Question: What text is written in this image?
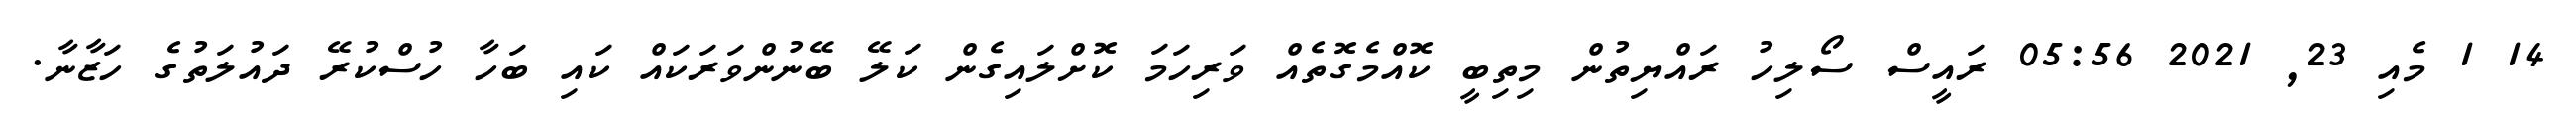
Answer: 14 1 މެއި 23, 2021 05:56 ރައީސް ސޯލިހު ރައްޔިތުން މިތިބީ ކޮއްމެގޮތެއް ވަރިހަމަ ކޮށްލައިގެން ކަލޭ ބޭނުންވަރަކައް ކައި ބަހާ ހުސްކުރޭ ދައުލަތުގެ ހަޒާނާ.